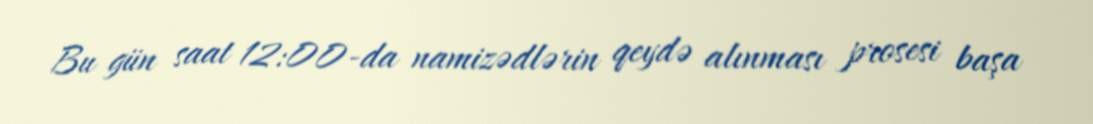
Bu gün saat 12:00-da namizədlərin qeydə alınması prosesi başa